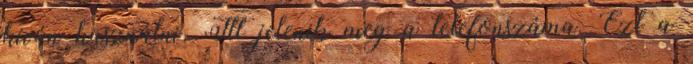
kíván használni. Itt jelenik meg a telefonszáma. Ezt a